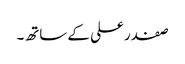
صفدر علی کے ساتھ۔